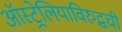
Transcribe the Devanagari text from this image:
ऑस्ट्रेलियाविरुद्धची